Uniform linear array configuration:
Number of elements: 12
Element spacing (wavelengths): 0.75
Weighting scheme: exponential
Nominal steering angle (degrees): -60
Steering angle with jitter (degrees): -59.514
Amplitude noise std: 0.05
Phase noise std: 0.05

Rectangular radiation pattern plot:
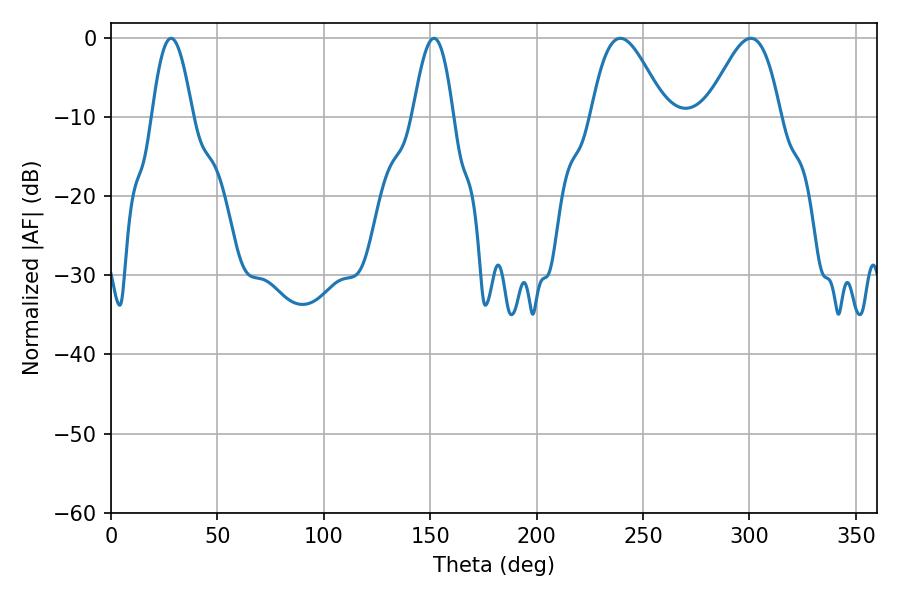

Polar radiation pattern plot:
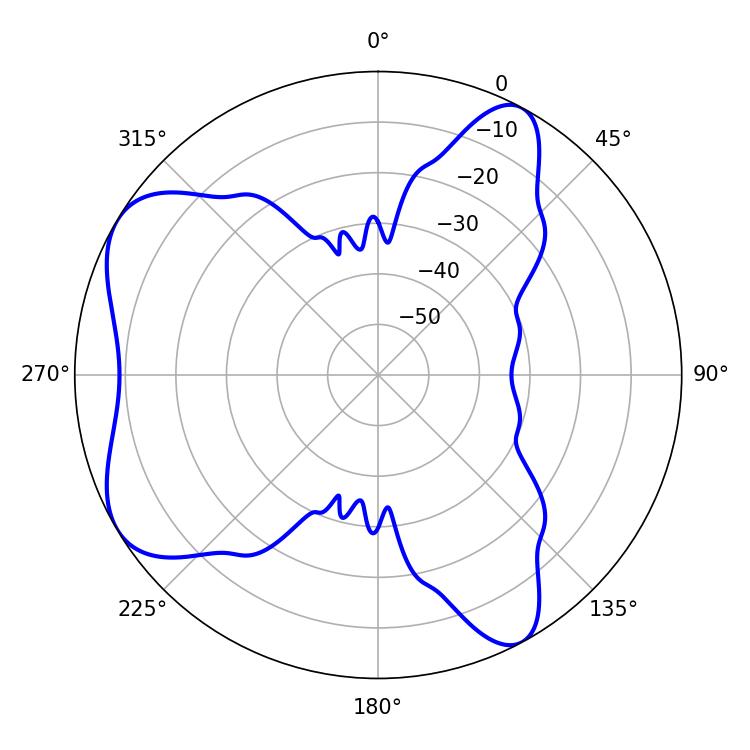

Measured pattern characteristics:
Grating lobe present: TRUE
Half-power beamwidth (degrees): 10.26
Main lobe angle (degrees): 28.26